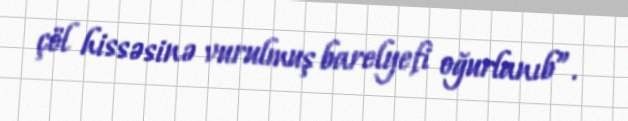
çöl hissəsinə vurulmuş barelyefi oğurlanıb”.